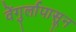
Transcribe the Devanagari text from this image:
वेंगुर्लापासून